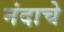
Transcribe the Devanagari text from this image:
नंदाचे